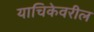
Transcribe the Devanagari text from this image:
याचिकेवरील